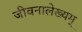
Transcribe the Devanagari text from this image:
जीवनालेख्यम्